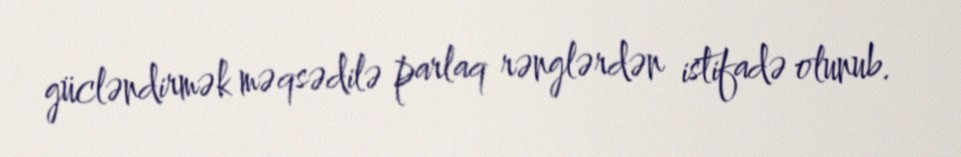
gücləndirmək məqsədilə parlaq rənglərdən istifadə olunub.